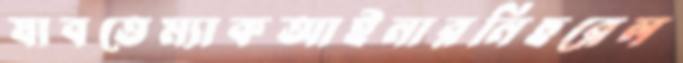
যাবতেম্যাকআইনারনিহুরেল